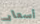
أسعار